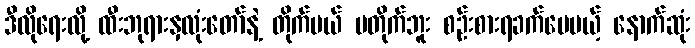
ဒီလိုရေးလို့ ထီးဘုရားနှလုံးတော်နဲ့ တိုက်မယ် မတိုက်ဘူး စဉ်းစားရခက်ပေမယ့် နောက်ဆုံး